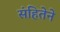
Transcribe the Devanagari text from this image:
संहितेने